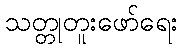
သတ္တုတူးဖော်ရေး